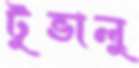
টুভালু